Scottish Leaving Certificate Examination, 1956
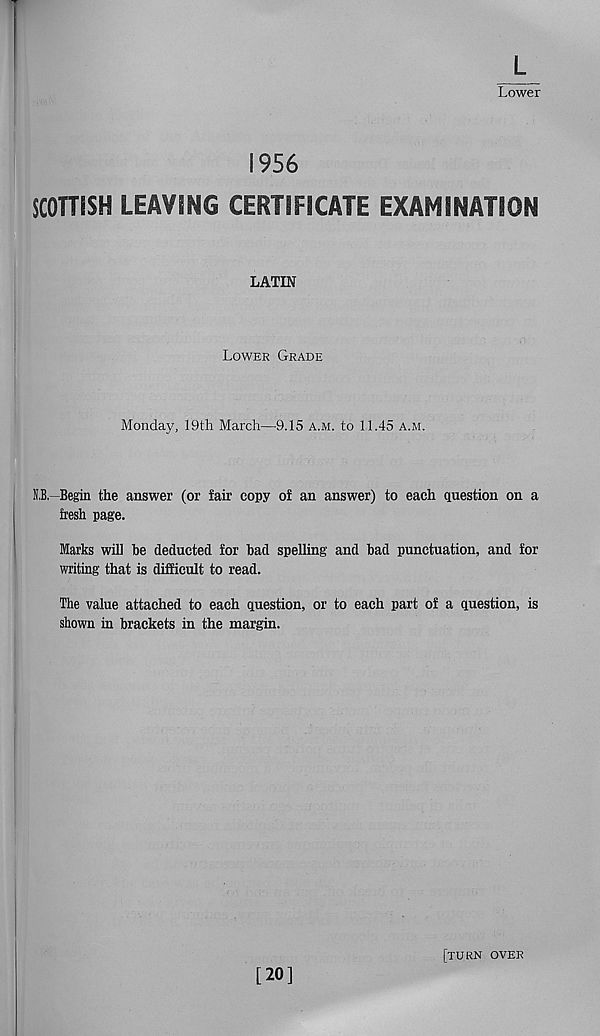
L
Lower
1956
SCOTTISH LEAVING CERTIFICATE EXAMINATION
LATIN
Lower Grade
Monday, 19th March—9.15 a.m. to 11.45 a.m.
N.B, Begin the answer (or fair copy of an answer) to each question on a
fresh page.
Marks will he deducted for bad spelling and bad punctuation, and for
writing that is difficult to read.
The value attached to each question, or to each part of a question, is
shown in brackets in the margin.
[20]
[turn over